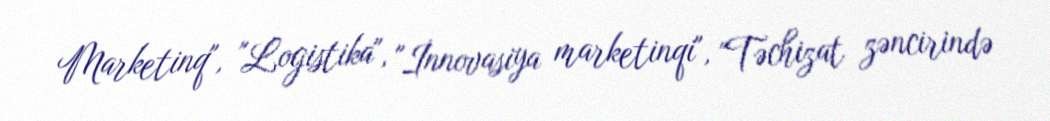
Marketinq", "Logistika", "İnnovasiya marketinqi", "Təchizat zəncirində